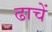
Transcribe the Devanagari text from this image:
ढाचें